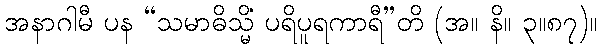
အနာဂါမီ ပန “သမာဓိသ္မိံ ပရိပူရကာရီ”တိ (အ။ နိ။ ၃။၈၇)။